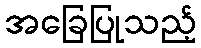
အခြေပြုသည့်